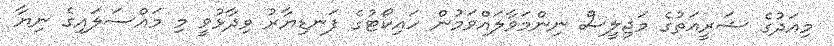
މިއަދުގެ ޝަރީއަތުގެ މަޖިލީސް ނިންމަވާލައްވަމުން ހައިކޯޓުގެ ފަނޑިޔާރު ވިދާޅުވީ މި މައްސަލައިގެ ނިޔާ